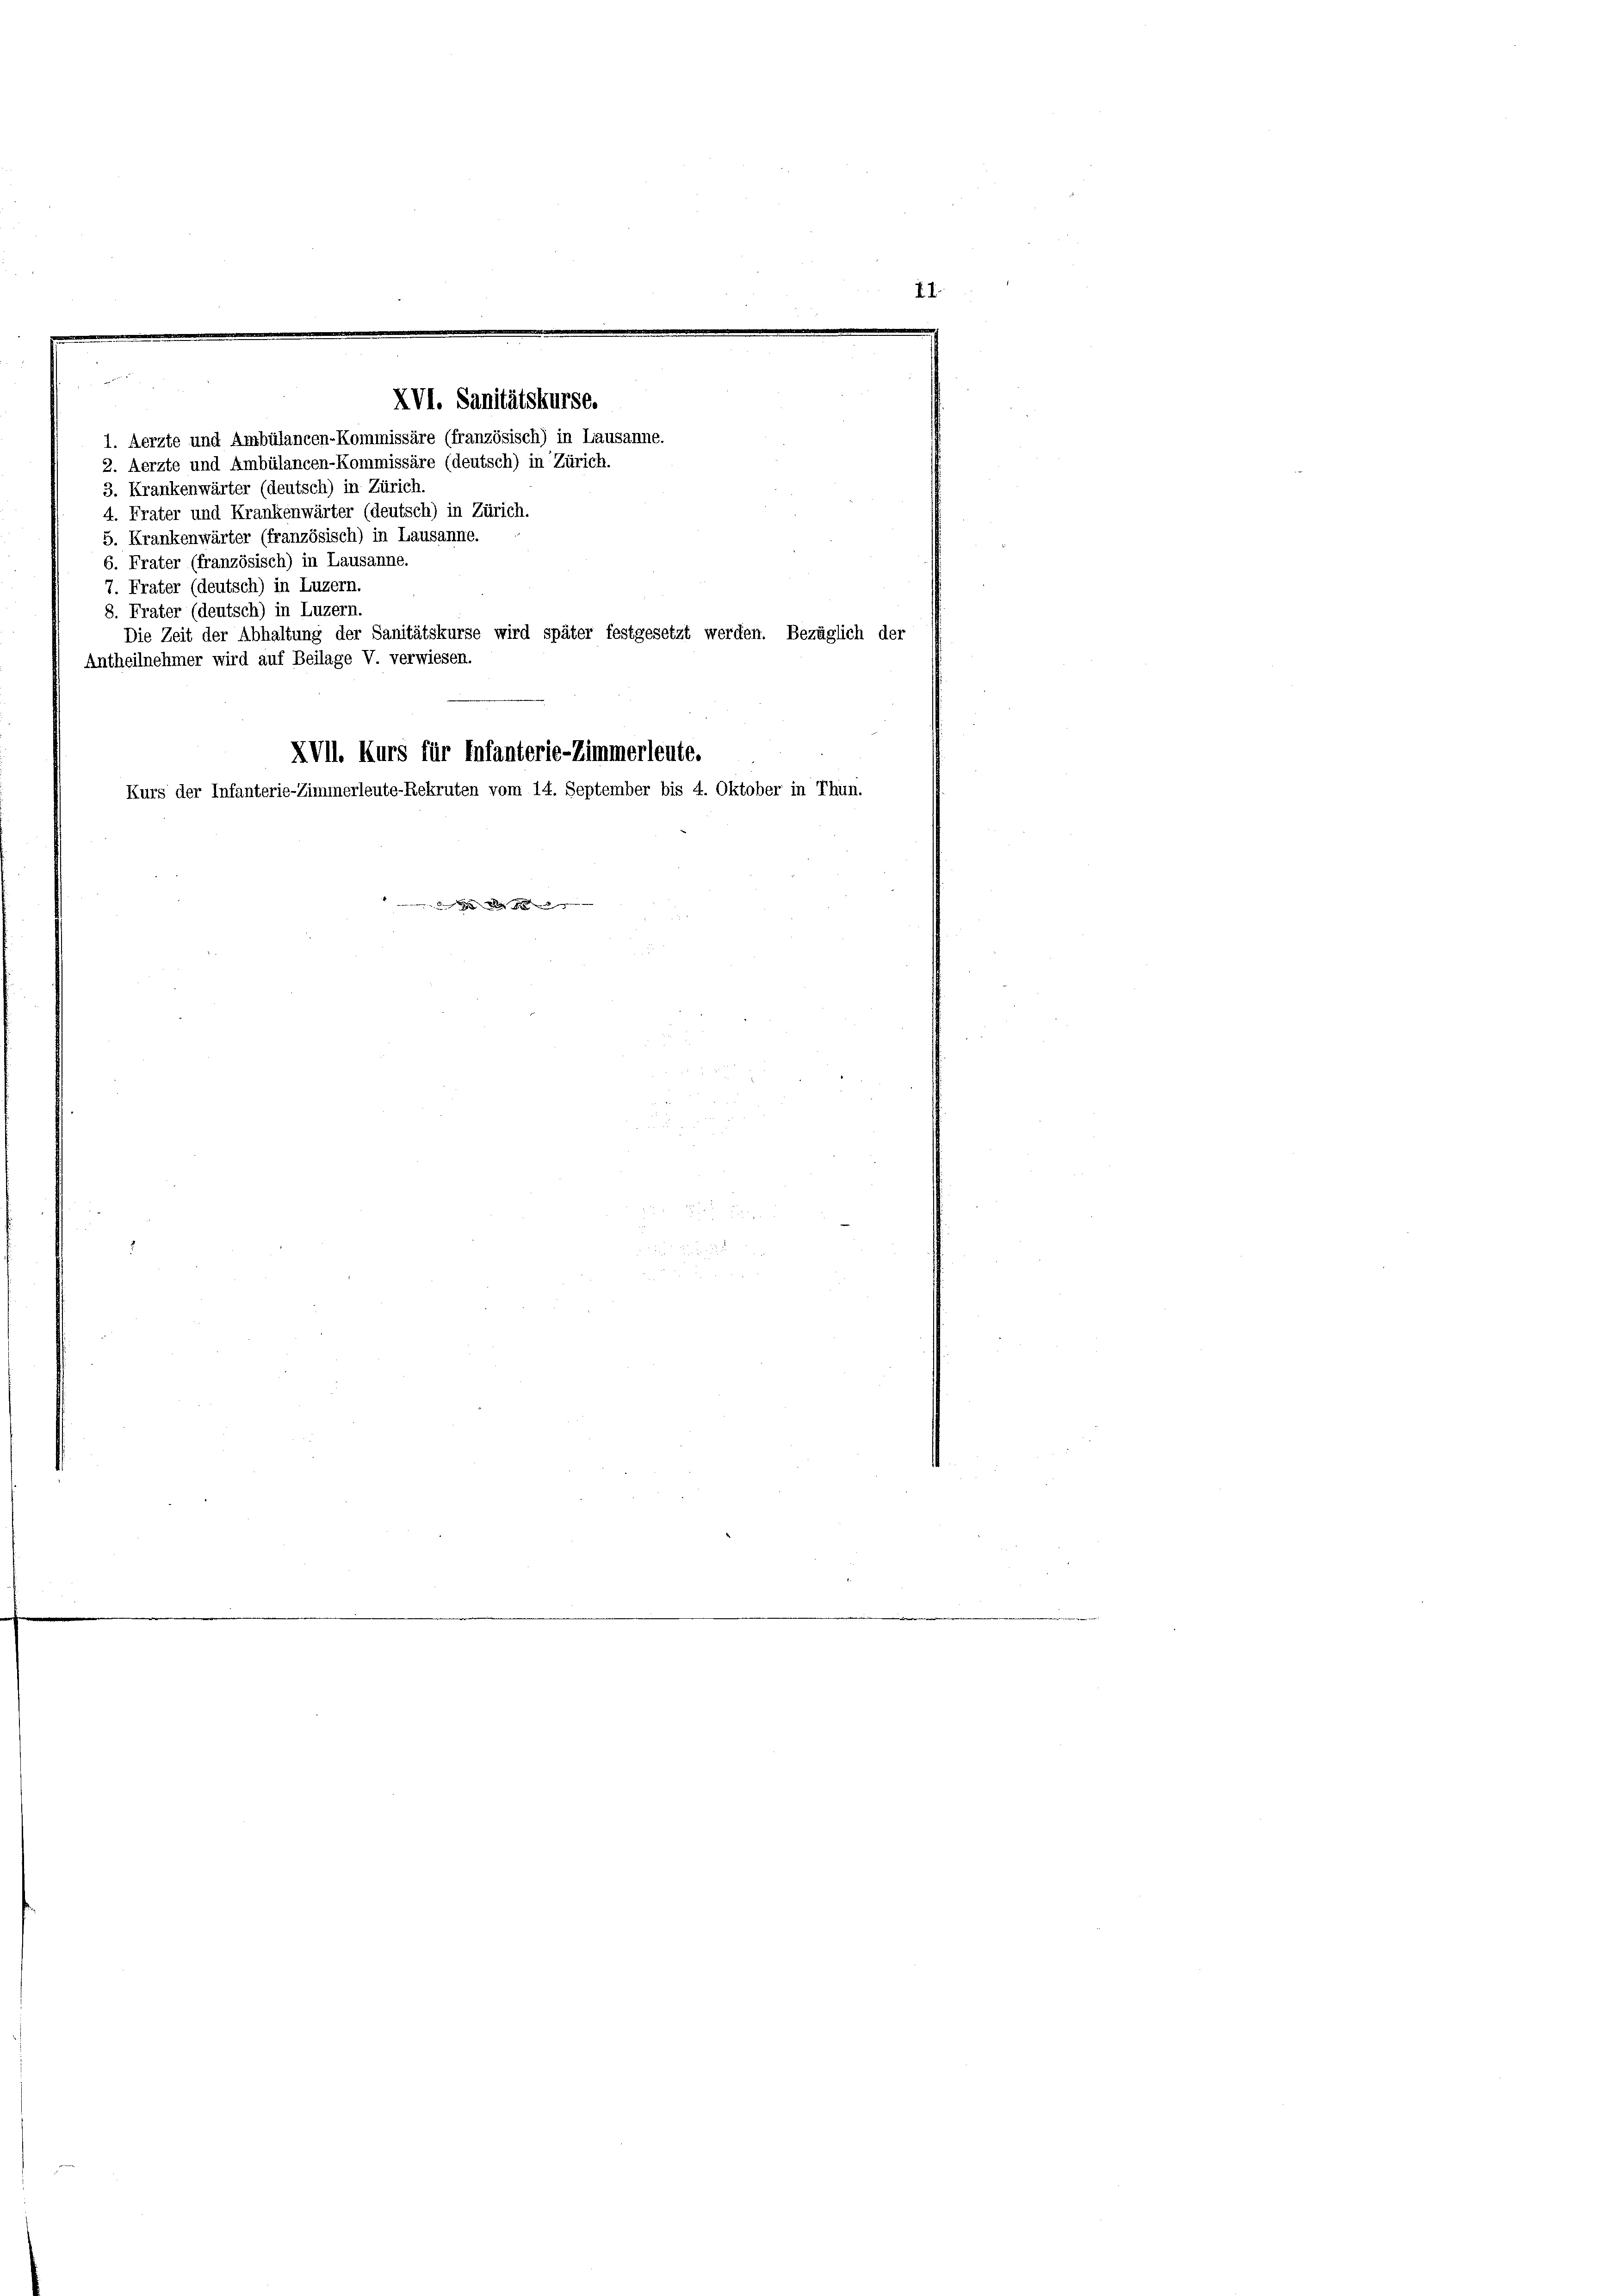
XVI. Sanitätskurse.

1. Aerzte und Ambülancen-Kommissäre (französisch) in Lausanne.
2. Aerzte und Ambülancen-Kommissäre (deutsch) in Zürich.
3. Krankenwärter (deutsch) in Zürich.
4. Frater und Krankenwärter (deutsch) in Zürich.
5. Krankenwärter (französisch) in Lausanne.
6. Frater (französisch) in Lausanne.
7. Frater (deutsch) in Luzern.
8. Frater (deutsch) in Luzern.
Antheilnehmer wird auf Beilage V. verwiesen.
XVII. Kurs für Infanterie-Zimmerleute.
Kurs der Infanterie-Zimmerleute-Rekruten vom 14. September bis 4. Oktober in Thun.

Die Zeit der Abhaltung der Sanitätskurse wird später festgesetzt werden. Bezüglich der

1)